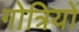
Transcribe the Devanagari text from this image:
गोत्रियों